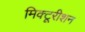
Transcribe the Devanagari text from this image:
मिक्टूरीशन